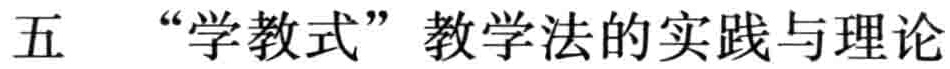
五 “学教式” 教学法的实践与理论